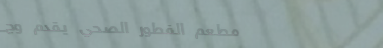
مطعم الفطور الصحي يقدم وج